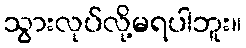
သွားလုပ်လို့မရပါဘူး။